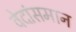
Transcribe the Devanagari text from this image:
वेदांसमान